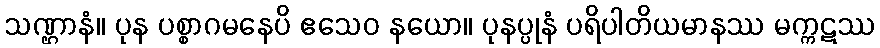
သဏ္ဌာနံ။ ပုန ပစ္စာဂမနေပိ ဧသေဝ နယော။ ပုနပ္ပုနံ ပရိပါတိယမာနဿ မက္ကဋဿ